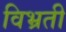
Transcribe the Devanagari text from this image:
विभ्रती